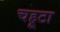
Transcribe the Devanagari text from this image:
चहूटा